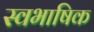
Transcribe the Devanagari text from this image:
स्वभाषिक